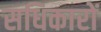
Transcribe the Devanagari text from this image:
सधिकारों